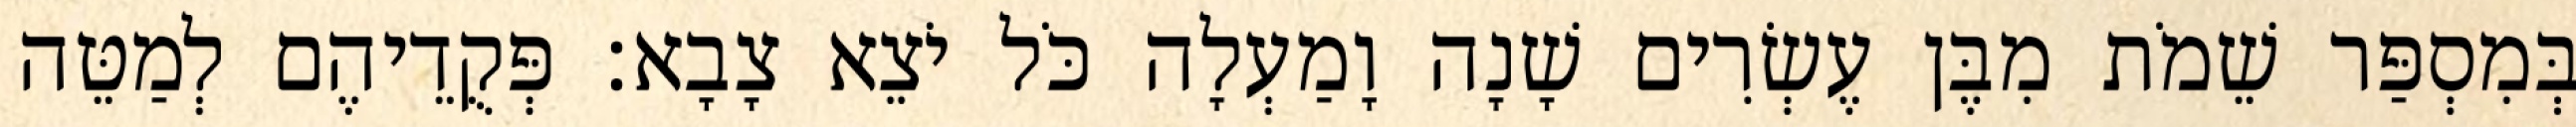
בְּמִסְפַּר שֵׁמֹת מִבֶּן עֶשְׂרִים שָׁנָה וָמַעְלָה כֹּל יֹצֵא צָבָא׃ פְּקֻדֵיהֶם לְמַטֵּה